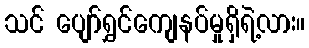
သင် ပျော်ရွှင်ကျေနပ်မှုရှိရဲ့လား။